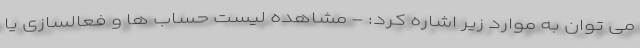
می توان به موارد زیر اشاره کرد: - مشاهده لیست حساب ها و فعالسازی یا